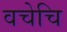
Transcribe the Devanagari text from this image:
वचेचि